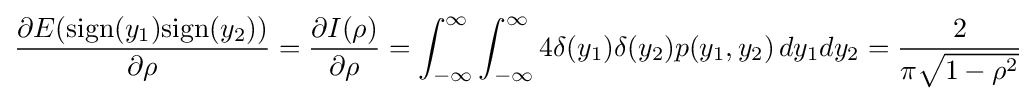
{\frac {\partial E({\text{sign}}(y_{1}){\text{sign}}(y_{2}))}{\partial \rho }}={\frac {\partial I(\rho )}{\partial \rho }}=\int _{-\infty }^{\infty }\int _{-\infty }^{\infty }4\delta (y_{1})\delta (y_{2})p(y_{1},y_{2})\,dy_{1}dy_{2}={\frac {2}{\pi {\sqrt {1-\rho ^{2}}}}}